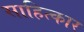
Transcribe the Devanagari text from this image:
साहित्कार